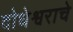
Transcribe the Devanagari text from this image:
दोधेश्वराचे